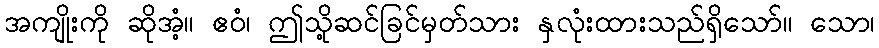
အကျိုးကို ဆိုအံ့။ ဧဝံ၊ ဤသို့ဆင်ခြင်မှတ်သား နှလုံးထားသည်ရှိသော်။ သော၊